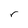
Character: r